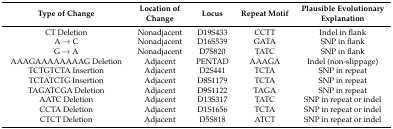
<table><thead><tr><td><b>Type of Change</b></td><td><b>Location of Change</b></td><td><b>Locus</b></td><td><b>Repeat Motif</b></td><td><b>Plausible Evolutionary Explanation</b></td></tr></thead><tbody><tr><td>CT Deletion</td><td>Nonadjacent</td><td>D19S433</td><td>CCTT</td><td>Indel in flank</td></tr><tr><td>A → C</td><td>Nonadjacent</td><td>D16S539</td><td>GATA</td><td>SNP in flank</td></tr><tr><td>G → A</td><td>Nonadjacent</td><td>D7S820</td><td>TATC</td><td>SNP in flank</td></tr><tr><td>AAAGAAAAAAAAG Deletion</td><td>Adjacent</td><td>PENTAD</td><td>AAAGA</td><td>Indel (non-slippage)</td></tr><tr><td>TCTGTCTA Insertion</td><td>Adjacent</td><td>D2S441</td><td>TCTA</td><td>SNP in repeat</td></tr><tr><td>TCTATCTG Insertion</td><td>Adjacent</td><td>D8S1179</td><td>TCTA</td><td>SNP in repeat</td></tr><tr><td>TAGATCGA Deletion</td><td>Adjacent</td><td>D9S1122</td><td>TAGA</td><td>SNP in repeat</td></tr><tr><td>AATC Deletion</td><td>Adjacent</td><td>D13S317</td><td>TATC</td><td>SNP in repeat or indel</td></tr><tr><td>CCTA Deletion</td><td>Adjacent</td><td>D1S1656</td><td>TCTA</td><td>SNP in repeat or indel</td></tr><tr><td>CTCT Deletion</td><td>Adjacent</td><td>D5S818</td><td>ATCT</td><td>SNP in repeat or indel</td></tr></tbody></table>